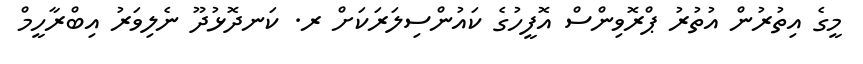
މީގެ އިތުރުން އުތުރު ޕްރޮވިންސް އޮފީހުގެ ކައުންސިލަރަކަށް ރ. ކަނދޮޅުދޫ ނެލިވަރު އިބްރާހީމް